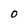
Character: 0